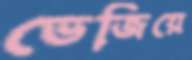
ভেজিয়ে